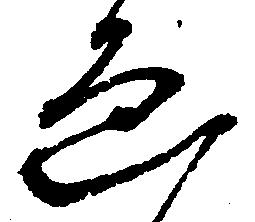
ゑ